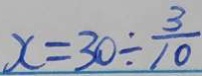
x = 3 0 \div \frac { 3 } { 1 0 }